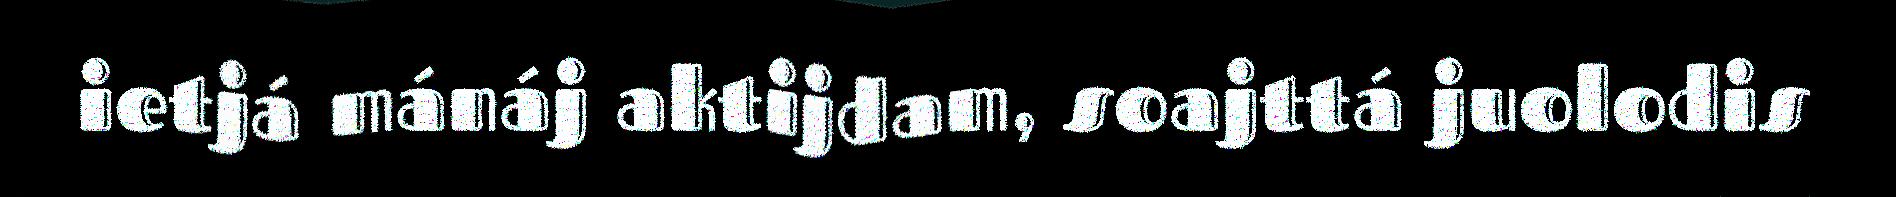
ietjá mánáj aktijdam, soajttá juolodis